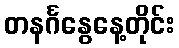
တနင်္ဂနွေနေ့တိုင်း